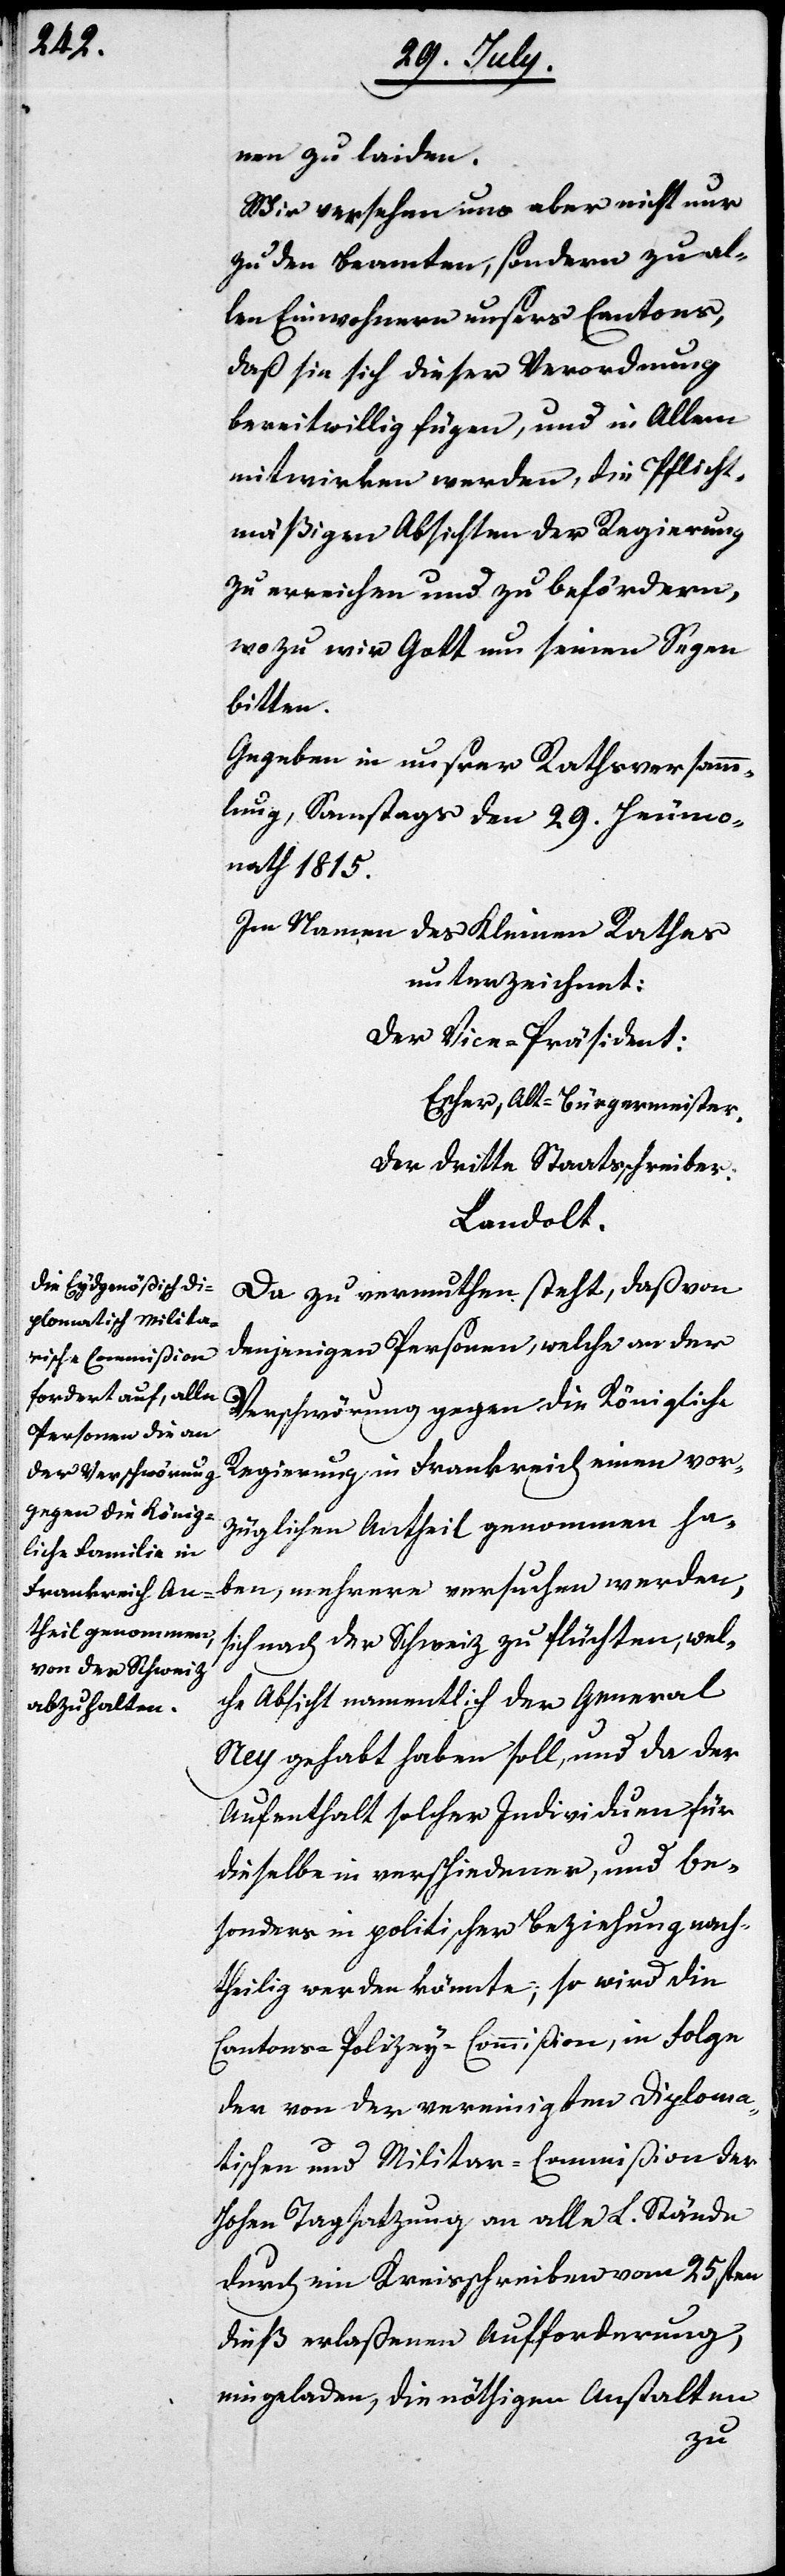
nen zu laiden.
Wir versehen uns aber nicht nur
zu den Beamten, sondern zu al¬
len Einwohnern unsers Cantons,
daß sie sich dieser Verordnung
bereitwillig fügen, und in Allem
mitwirken werden, die Pflicht¬
mäßigen Absichten der Regierung
zu erreichen und befördern,
wozu wir Gott um seinen Segen
bitten.
Gegeben in unsrer Rathsversamm¬
lung, Samstags den 29sten Heumo¬
nath 1815.
Im Namen des Kleinen Rathes
unterzeichnet:
Der Vice-Präsident:
Escher, Alt-Burgermeister.
Der dritte Staatsschreiber:
Landolt.
Da zu vermuthen steht, daß von
denjenigen Personen, welche an der
Verschwörung gegen die Königliche
Regierung in Frankreich einen vor¬
züglichen Antheil genommen ha¬
ben, mehrere versuchen werden,
sich nach der Schweiz zu flüchten, wel¬
che Absicht namentlich der General
Ney gehabt haben soll, und da der
Aufenthalt solcher Individuen für
dieselbe in verschiedener, und be¬
sonders in politischer Beziehung nach¬
theilig werden könnte, so wird die
Cantons-Polizey-Commißion, in Folge
der von der vereinigten Diploma¬
tischen und Militar-Commißion der
Hohen Tagsatzung an alle L. Stände
durch ein Kreisschreiben vom 25sten
dieß erlaßenen Aufforderung,
eingeladen, die nöthigen Anstalten